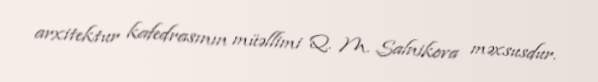
arxitektur kafedrasının müəllimi Q. M. Salnikova məxsusdur.